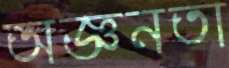
অজ্ঞনতা